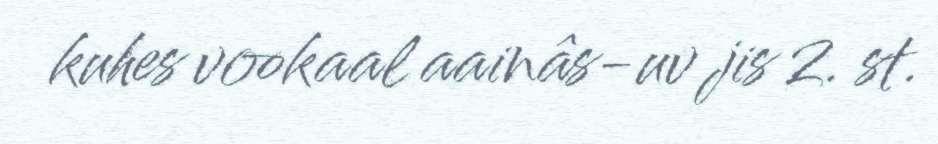
kuhes vookaal aainâs-uv jis 2. st.